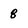
Character: 8